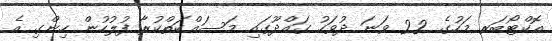
އޮކްޓޯބަރ މަހުގެ 22 ވަނަ ދުވަހު ގައްދޫގައި މަސައްކަތްކުރާ ފުލުހުން ހިންގި އެ